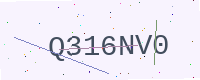
Text: Q316NV0